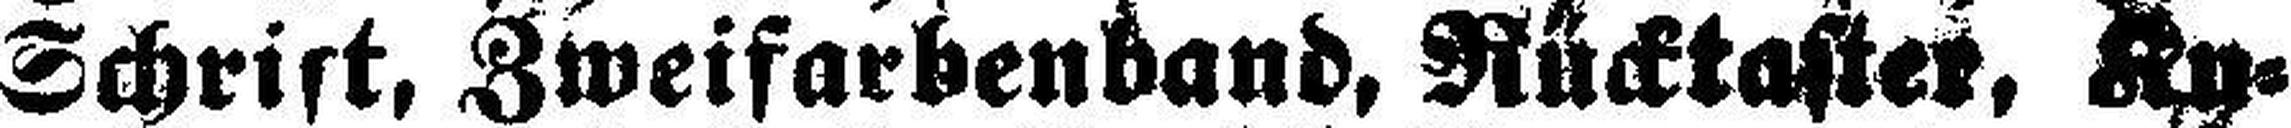
Schrift, Zweifarbenband, Rücktaster, Ku¬